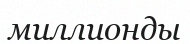
миллионды